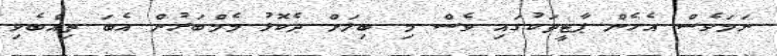
ނަމަވެސް އެހެން ޕާޓީތަކުގައި ވެސް މި ބިލަށް ދެކޮޅު މެމްބަރުން އެބަ ތިއްބެވި